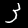
Label: 3